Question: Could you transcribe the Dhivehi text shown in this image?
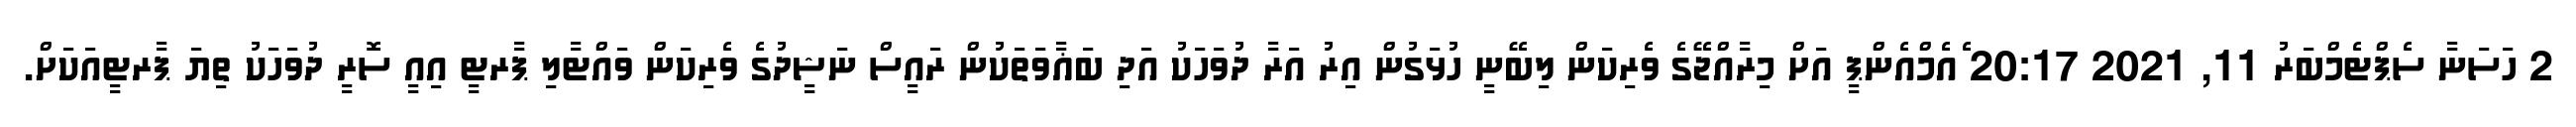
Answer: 2 ހަސަނާ ސެޕްޓެމްބަރު 11, 2021 20:17 ެއެމްއެންޕީ އަށް މިރާއްޖޭގެ ވެރިކަން ލިބޭނީ ހުޅަގުން އިރު އަރާ ދުވަހަކު އަދި ބަޣާވަތަކުން ރައީސް ނަޝީދުގެ ވެރިކަން ވައްޓާލި ޕާރޓީ އިއީ ސޮރީ ދުވަހަކު ތިޔަ ޕާރޓީއަކަށް.